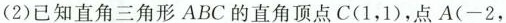
(2)已知直角三角形ABC的直角顶点C(1，1)，点A(-2，